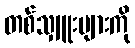
တစ်သျှူးများကို